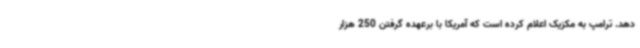
دهد. ترامپ به مکزیک اعلام کرده است که آمریکا با برعهده گرفتن 250 هزار